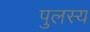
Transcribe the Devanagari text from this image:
पुलस्य